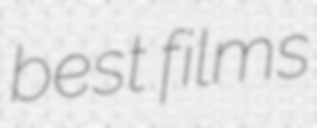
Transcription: best films